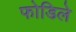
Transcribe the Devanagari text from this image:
फोडिले